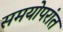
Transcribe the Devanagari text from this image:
समयोपरांत